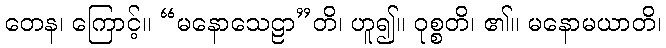
တေန၊ ကြောင့်။ “မနောသေဠာ”တိ၊ ဟူ၍။ ဝုစ္စတိ၊ ၏။ မနောမယာတိ၊